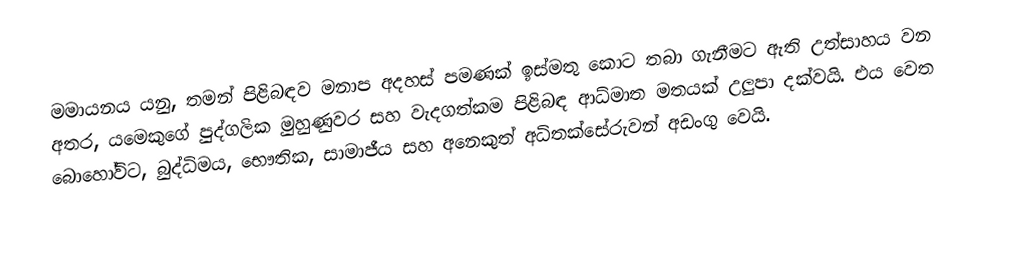
මමායනය යනු, තමන් පිළිබඳව මනාප අදහස් පමණක් ඉස්මතු කොට තබා ගැනීමට ඇති උත්සාහය වන අතර, යමෙකුගේ පුද්ගලික මුහුණුවර සහ වැදගත්කම පිළිබඳ ආධ්මාත මතයක් උලුපා දක්වයි. එය වෙත බොහෝවිට,  බුද්ධිමය, භෞතික, සාමාජීය සහ අනෙකුත් අධිතක්සේරුවන් අඩංගු වෙයි.